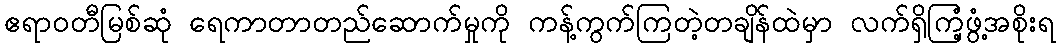
ဧရာဝတီမြစ်ဆုံ ရေကာတာတည်ဆောက်မှုကို ကန့်ကွက်ကြတဲ့တချိန်ထဲမှာ လက်ရှိကြံ့ဖွံ့အစိုးရ